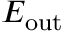
E _ { \mathrm { o u t } }